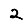
Digit: 2